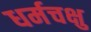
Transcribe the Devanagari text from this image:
धर्मचक्षु